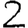
Digit: 2